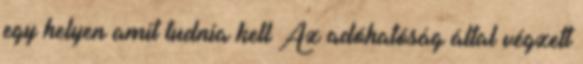
egy helyen amit tudnia kell Az adóhatóság által végzett